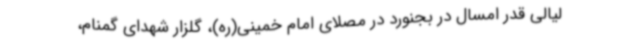
لیالی قدر امسال در بجنورد در مصلای امام خمینی(ره)، گلزار شهدای گمنام،